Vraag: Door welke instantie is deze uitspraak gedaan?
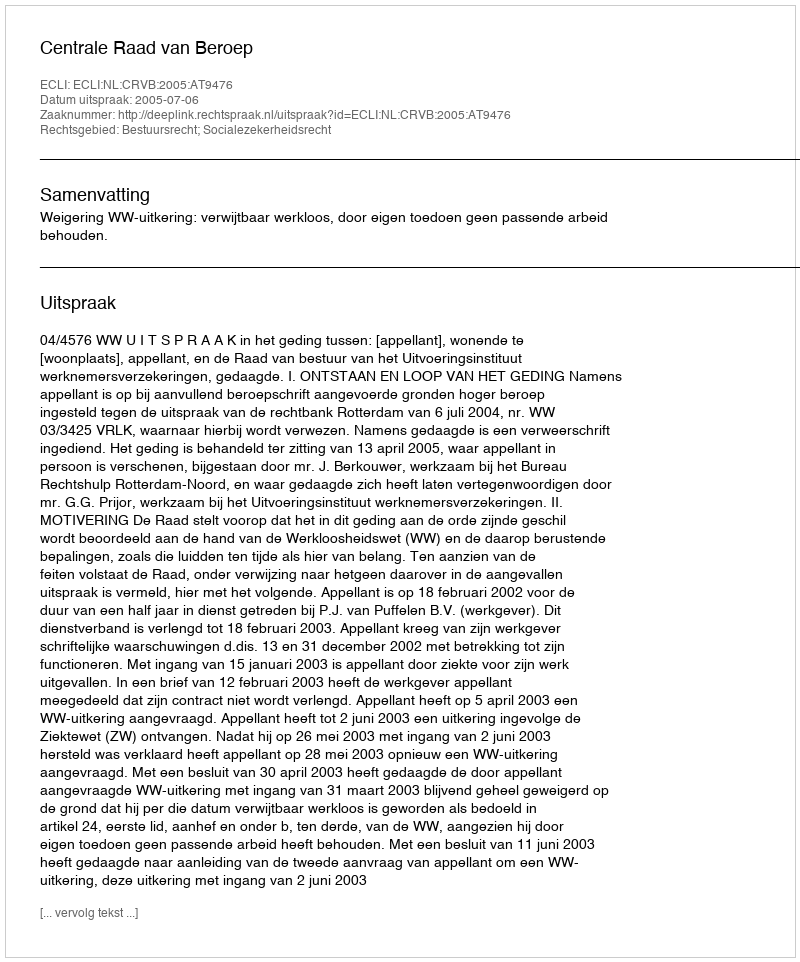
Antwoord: Centrale Raad van Beroep